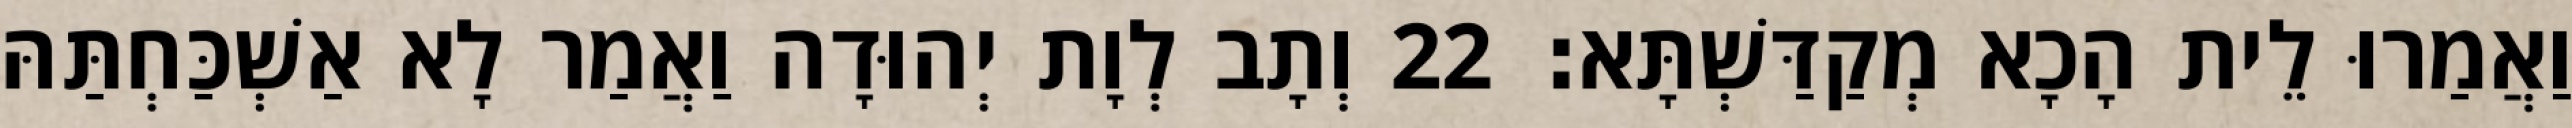
וַאֲמַרוּ לֵית הָכָא מְקַדַּשְׁתָּא׃ 22 וְתָב לְוָת יְהוּדָה וַאֲמַר לָא אַשְׁכַּחְתַּהּ